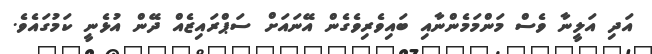
އަދި އަލީނާ ވެސް މަންމަމެންނާއި ބައިވެރިވެގެން އޭނައަށް ސަޕްރައިޒެއް ދޭން އުޅެނީ ކަމުގައެވެ.